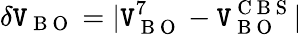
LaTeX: \delta\mathtt{V}_{\mathrm{{~B~O~}}}=|\mathtt{V}_{\mathrm{{~B~O~}}}^{7}-\mathtt{V}_{\mathrm{{~B~O~}}}^{\mathrm{{~C~B~S~}}}|